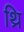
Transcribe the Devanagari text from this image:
थ्रि